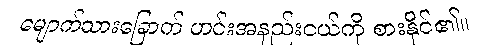
မျောက်သားခြောက် ဟင်းအနည်းငယ်ကို စားနိုင်၏။